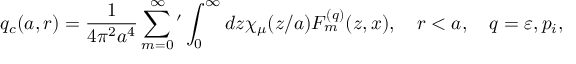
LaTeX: q _ { c } ( a , r ) = \frac { 1 } { 4 \pi ^ { 2 } a ^ { 4 } } \sum _ { m = 0 } ^ { \infty } { ' } \int _ { 0 } ^ { \infty } { d z \chi _ { \mu } ( z / a ) F _ { m } ^ { ( q ) } ( z , x ) } , \quad r < a , \quad q = \varepsilon , p _ { i } ,